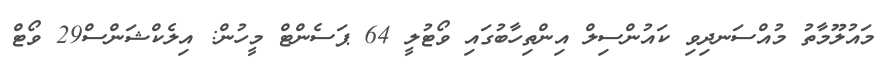
މައުލޫމާތު މުއްސަނދިވި ކައުންސިލް އިންތިހާބުގައި ވޯޓުލީ 64 ޕަސެންޓް މީހުން: އިލެކްޝަންސް29 ވޯޓް